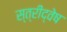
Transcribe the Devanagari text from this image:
स्त्रीद्वेष